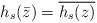
\begin{align*}h_s(\bar{z})= \overline{h_s(z)}\end{align*}